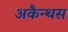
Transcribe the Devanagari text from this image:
अकैन्थस